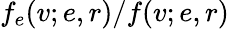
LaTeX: f_{e}(v;e,r)/f(v;e,r)